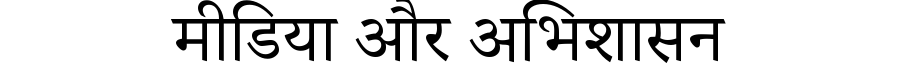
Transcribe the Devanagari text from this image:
मीडिया और अभिशासन